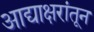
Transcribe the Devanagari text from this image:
आद्याक्षरांतून